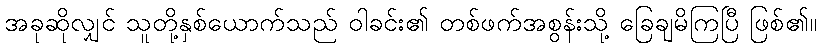
အခုဆိုလျှင် သူတို့နှစ်ယောက်သည် ဝါခင်း၏ တစ်ဖက်အစွန်းသို့ ခြေချမိကြပြီ ဖြစ်၏။